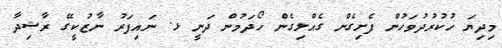
މިދިޔަ ހުކުރުދުވަހުން ފެށިގެން ގެއްލިގެން ހޯދަމުން ދަނީ ޅ. ނައިފަރު ނާޒުކީގޭ ރާޝިދާ